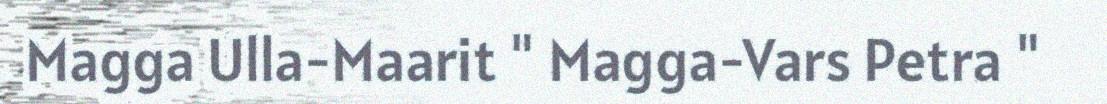
Magga Ulla-Maarit " Magga-Vars Petra "